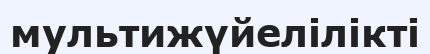
мультижүйелілікті